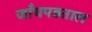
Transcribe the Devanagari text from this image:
जाँचपड़ताल